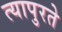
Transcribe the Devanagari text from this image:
त्यापुरते